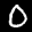
Label: 0